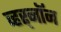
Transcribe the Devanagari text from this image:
व्हर्‌नॉन